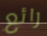
رائع